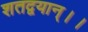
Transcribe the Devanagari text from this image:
शतद्वयान्।।